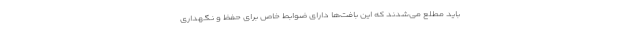
باید مطلع می‌شدند که این بافت‌ها دارای ضوابط خاص برای حفظ و نگهداری